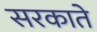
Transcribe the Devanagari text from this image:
सरकाते